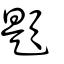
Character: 題